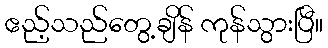
ဧည့်သည်တွေ့ချိန် ကုန်သွားပြီ။